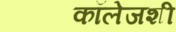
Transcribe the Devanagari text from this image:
कॉलेजशी